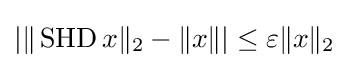
|\|\operatorname {SHD} x\|_{2}-\|x\||\leq \varepsilon \|x\|_{2}